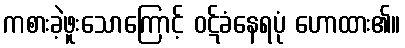
ကစားခဲ့ဖူးသောကြောင့် ဝဋ်ခံနေရပုံ ဟောထား၏။